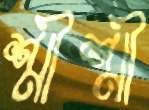
শ্রীশ্রী